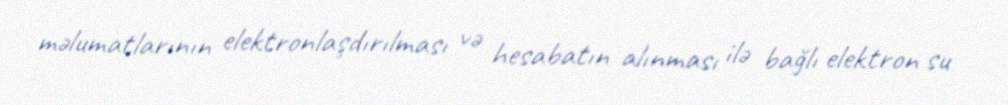
məlumatlarının elektronlaşdırılması və hesabatın alınması ilə bağlı elektron su